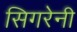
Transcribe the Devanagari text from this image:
सिगरेनी